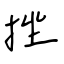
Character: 挫